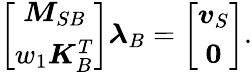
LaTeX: \begin{array}{r}{\left[\begin{array}{c}{\boldsymbol{M}_{SB}}\\ {w_{1}\boldsymbol{K}_{B}^{T}}\end{array}\right]\boldsymbol{\lambda}_{B}=\left[\begin{array}{c}{\boldsymbol{v}_{S}}\\ {\boldsymbol{0}}\end{array}\right].}\end{array}